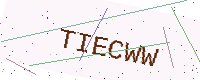
Text: TIECWW